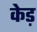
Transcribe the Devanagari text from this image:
केड़